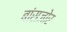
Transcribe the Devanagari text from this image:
बांसजोर